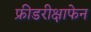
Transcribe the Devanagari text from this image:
फ्रीडरीक्षाफेन